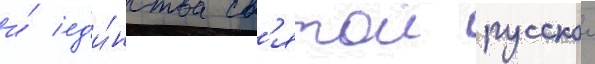
и́ ед'и́нства св'ятои русскои